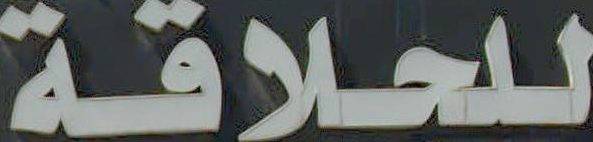
للحلاقة